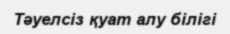
Тәуелсіз қуат алу білігі